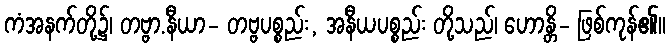
ကံအနက်တို့၌၊ တဗ္ဗာ.နီယာ- တဗ္ဗပစ္စည်း, အနီယပစ္စည်း တို့သည်၊ ဟောန္တိ- ဖြစ်ကုန်၏။